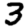
Digit: 3